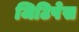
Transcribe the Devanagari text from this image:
जिटिपेस